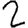
Digit: 2